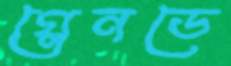
গ্লেনডে